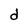
Character: d